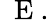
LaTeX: \mathrm{~\mathbf~E~}.